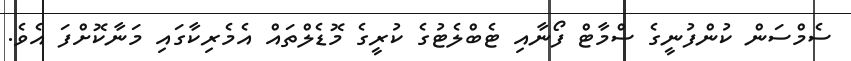
ސެމްސަން ކުންފުނީގެ ސްމާޓް ފޯނާއި ޓެބްލެޓުގެ ކުރީގެ މޮޑެލްތައް އެމެރިކާގައި މަނާކޮށްފަ އެވެ.